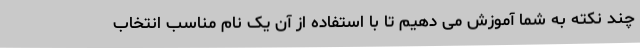
چند نکته به شما آموزش می دهیم تا با استفاده از آن یک نام مناسب انتخاب